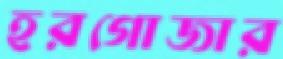
হরগোজার